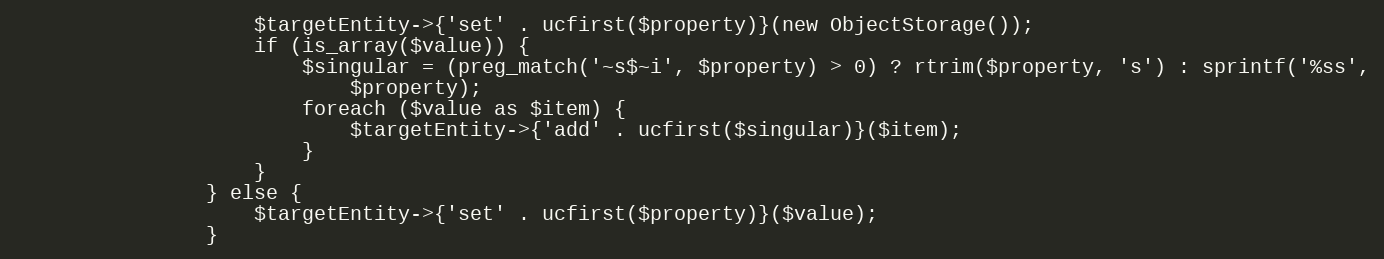
Language: PHP
                    $targetEntity->{'set' . ucfirst($property)}(new ObjectStorage());
                    if (is_array($value)) {
                        $singular = (preg_match('~s$~i', $property) > 0) ? rtrim($property, 's') : sprintf('%ss',
                            $property);
                        foreach ($value as $item) {
                            $targetEntity->{'add' . ucfirst($singular)}($item);
                        }
                    }
                } else {
                    $targetEntity->{'set' . ucfirst($property)}($value);
                }